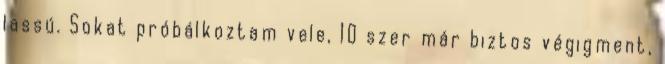
lassú. Sokat próbálkoztam vele, 10 szer már biztos végigment,